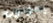
يعودون